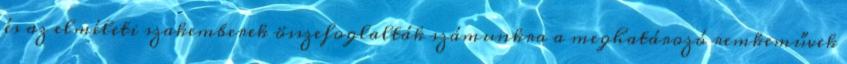
és az elméleti szakemberek összefoglalták számunkra a meghatározó remkeművek